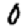
Digit: 0